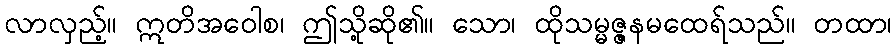
လာလှည့်။ ဣတိအဝေါစ၊ ဤသို့ဆို၏။ သော၊ ထိုသမ္မဇ္ဇနမထေရ်သည်။ တထာ၊